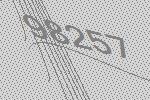
98257